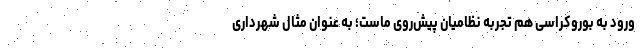
ورود به بوروکراسی هم تجربه نظامیان پیش‌روی ماست؛ به عنوان مثال شهرداری